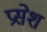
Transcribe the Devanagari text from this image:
प्रसेश